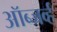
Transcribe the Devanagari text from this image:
ऑब्जर्व्ह